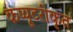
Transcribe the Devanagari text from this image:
कप्यूटरीकृत